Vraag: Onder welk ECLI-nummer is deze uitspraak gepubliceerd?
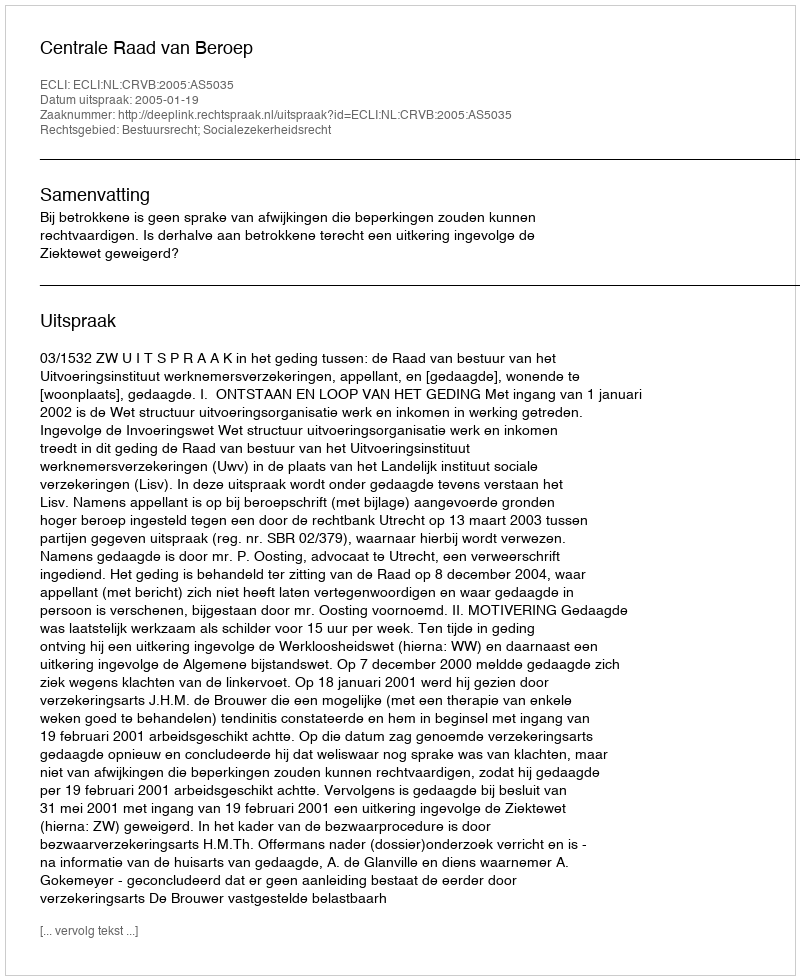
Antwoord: ECLI:NL:CRVB:2005:AS5035